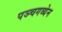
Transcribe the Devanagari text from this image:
पञ्चगव्येन